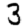
Digit: 3